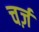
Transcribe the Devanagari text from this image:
चर्ज़